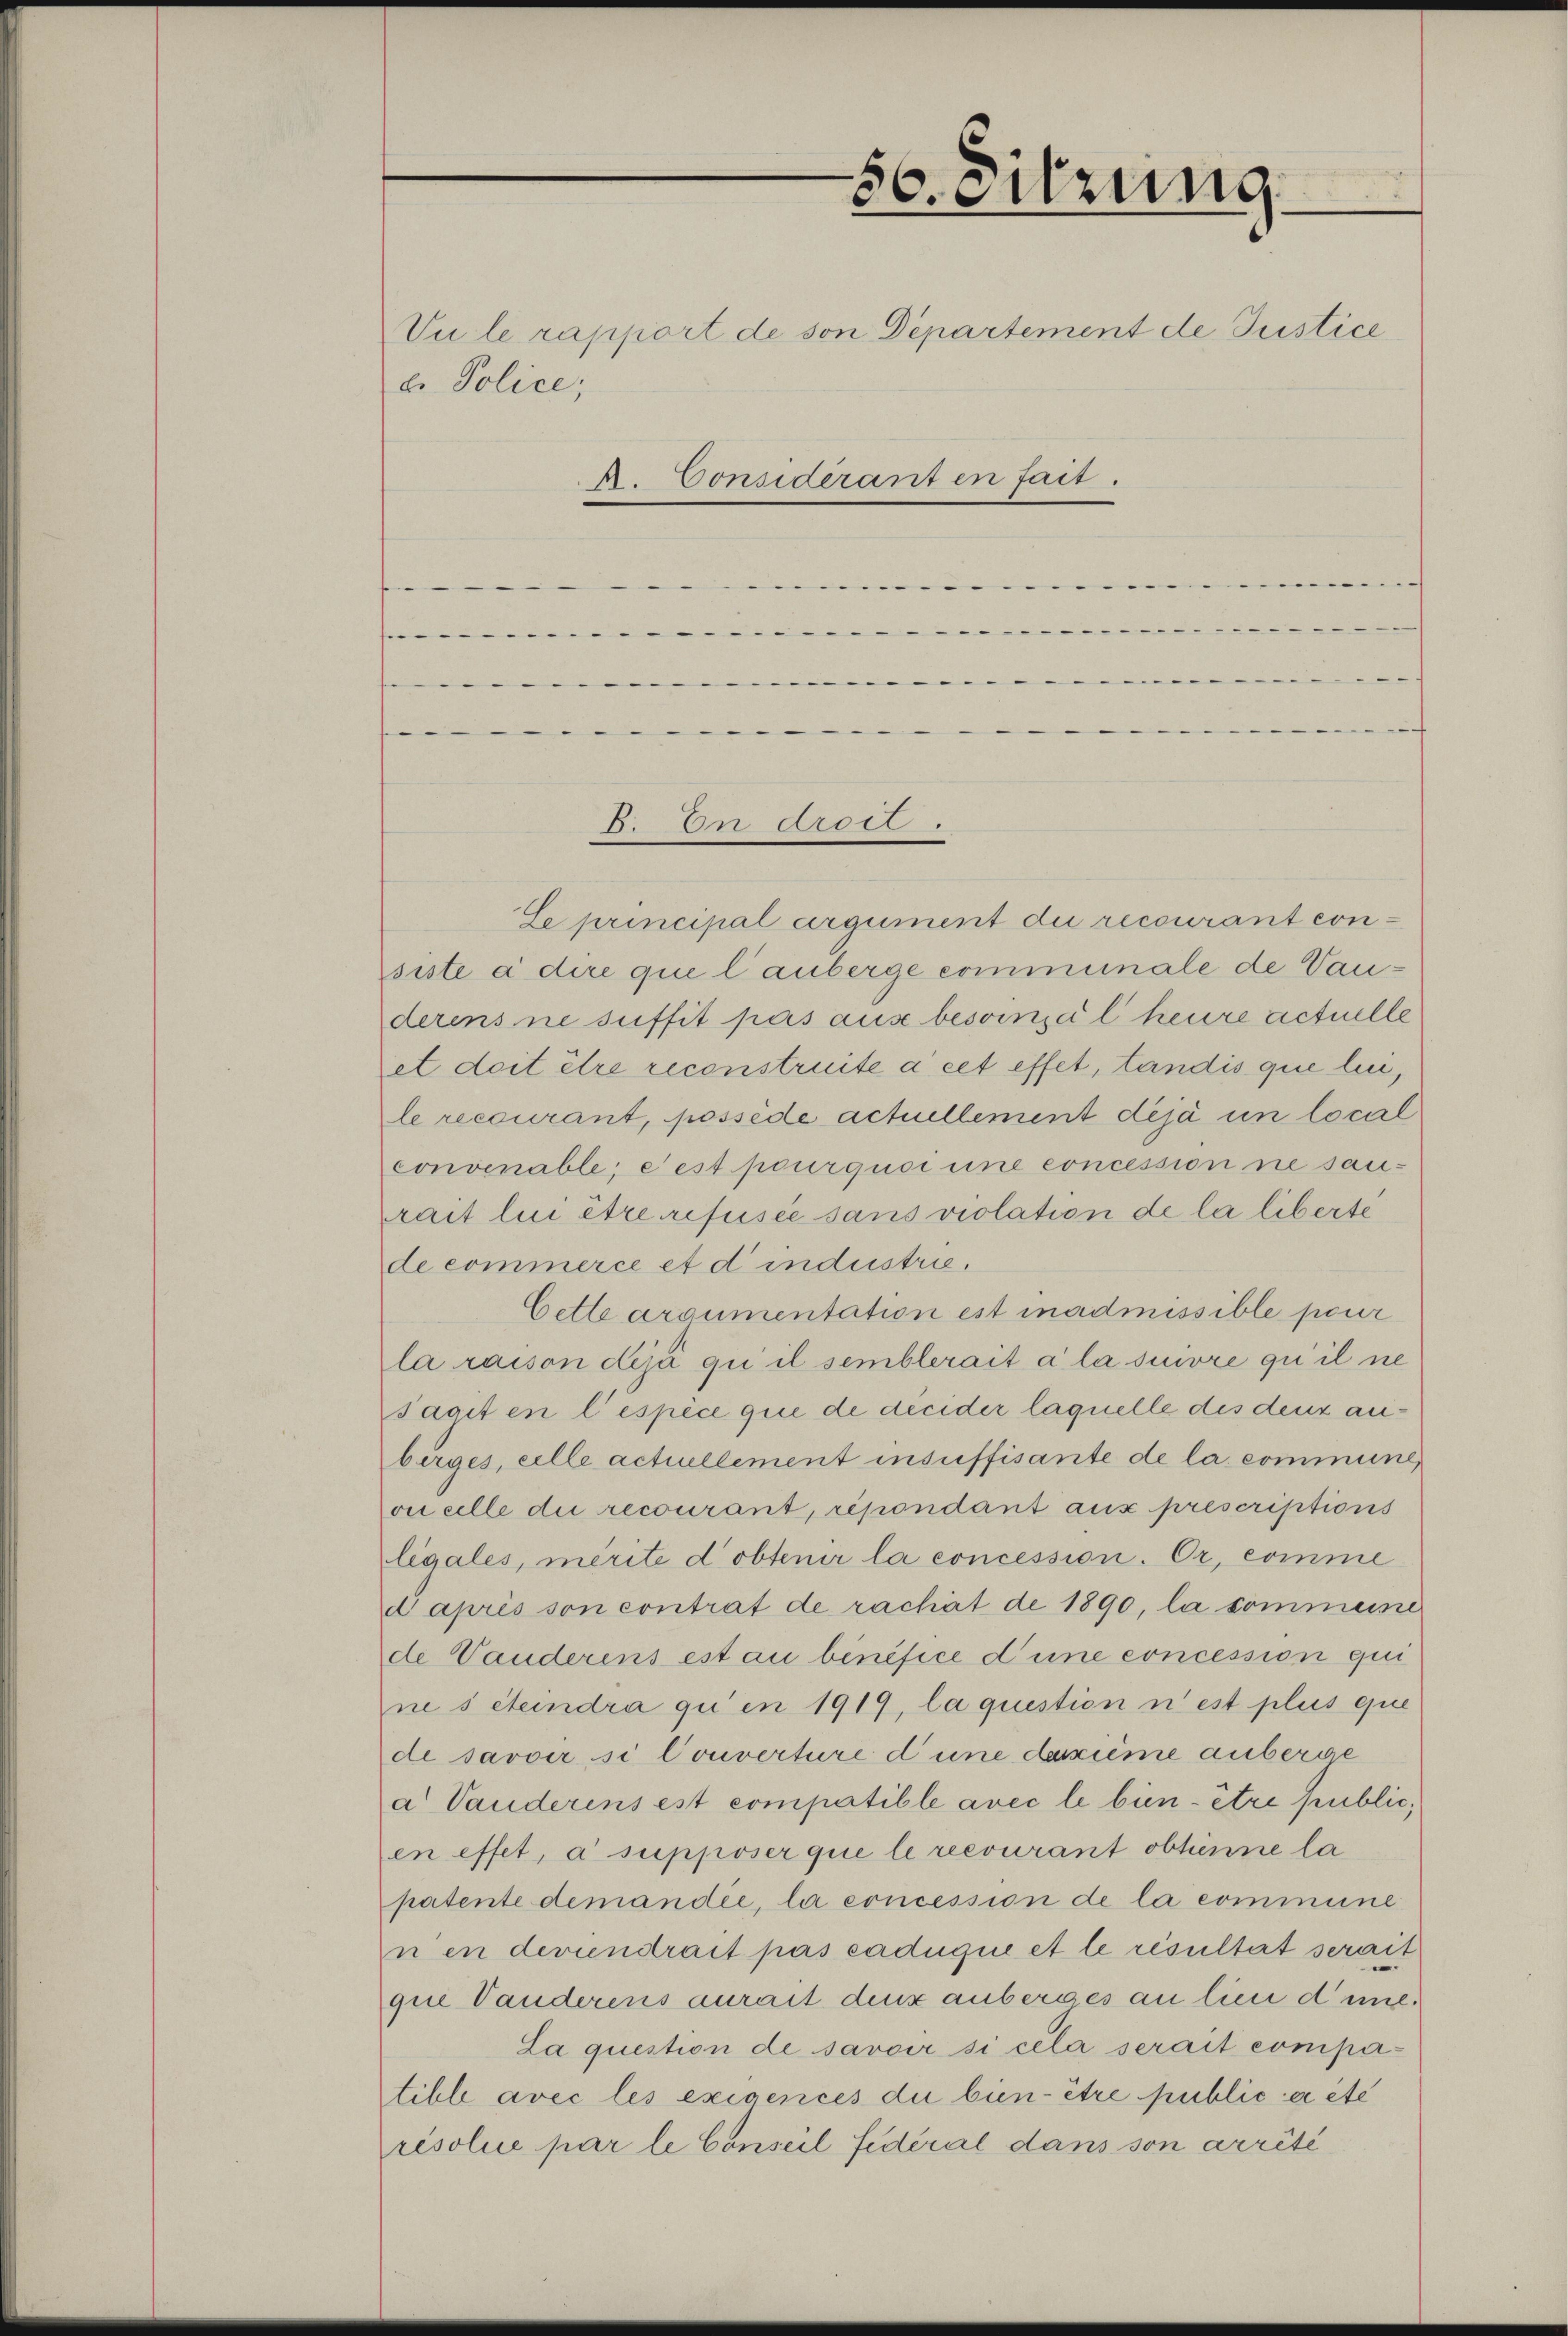
56. Sitzung

Vule rapport de von Departement de Justice
e. Police,

A. Considerant en fait.

m
h
e
"
Se principal argument die recourant consiste à dire que lauberge communale de Vauderens ne suffit pas ause besoinpal heure actuelle
et doit être reconstruite à cet effet, tandis que lie,
le recourant, possède actuellement déjà un local
convenable; eest pourquci une concession ne sanrait lui être refusée sans violation de la liberte
de commerce et d industrie.
Cette argumentation est inadmissible peur
la raison déjà qui il semblerait à la suivre qui il ne
Saait en lespèce quie de decider laquelle des denz anbeges, eille actillement insuffisante de la commune,
oncille die recourant, répondant aux prescriptions
legales, merite d’obtenir la concession. Or, comme
d après son contrat de rachat de 1890, la sommeine
de Vauderens est au bénéfice d’une concession qui
nes Steindra qu’en 1919, la question n’est plus que
de savoir si Converture d une dazume anberge
a Vauderens est compatible avec le bien- être public,
en effet, a supposer que le recourant obtienne la
patente demandie, la concession de la commune
nen deviendrait pas caduque et le résultat serait
quie Vanderens aurait denk anberges an lien dune¬
La question de savoir si cela serait compatible avec les exigences du bien- être public er ite
résolue par le Conseil fideral dans son arrêté

3. An 400